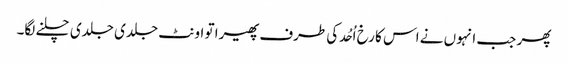
پھر جب انہوں نے اس کا رخ اُحُد کی طرف پھیرا تو اونٹ جلدی جلدی چلنے لگا۔